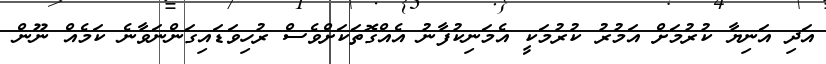
އަދި އަނިޔާ ކުރުމަށް އަމުރު ކުރުމަކީ އެމަނިކުފާނު އެއްގޮތަކަށްވެސް ރުހިވަޑައިގަންނަވާނެ ކަމެއް ނޫން